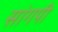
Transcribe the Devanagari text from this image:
सांगपी